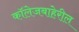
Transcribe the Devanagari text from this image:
कॉलेजबाहेरील